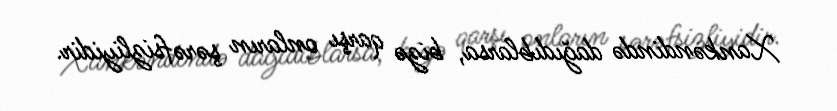
Xankəndində dağıdıblarsa, bizə qarşı onların şərəfsizliyidir.